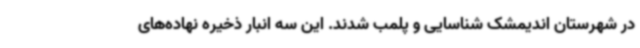
در شهرستان اندیمشک شناسایی و پلمب شدند. این سه انبار ذخیره نهاده‌های